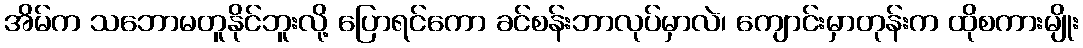
အိမ်က သဘောမတူနိုင်ဘူးလို့ ပြောရင်ကော ခင်စန်းဘာလုပ်မှာလဲ၊ ကျောင်းမှာတုန်းက ထိုစကားမျိုး